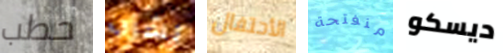
حطب بشرب الأحتفال منفتحة ديسكو